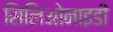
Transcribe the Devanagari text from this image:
सिलिओनाइडी